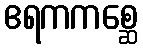
ဧရကကစ္ဆေ